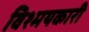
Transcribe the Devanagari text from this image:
विश्मयकारी